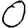
Digit: 0